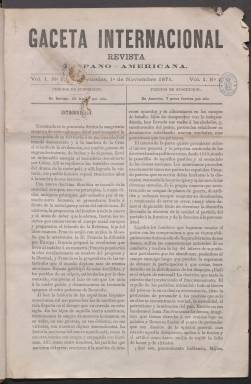
Título: Gaceta internacional (Bruselas)
Colección: Revistas de información general
Ámbito geográfico: Bélgica
Lugar de publicación: Bruselas
Fechas: 01/11/1871-07/05/1875